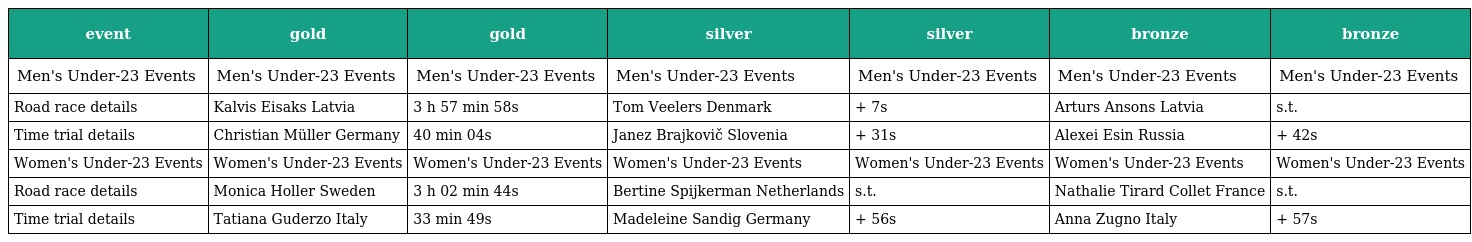
| event | gold | gold | silver | silver | bronze | bronze |
 | --- | --- | --- | --- | --- | --- | --- |
 | Men's Under-23 Events | Men's Under-23 Events | Men's Under-23 Events | Men's Under-23 Events | Men's Under-23 Events | Men's Under-23 Events | Men's Under-23 Events |
 | Road race details | Kalvis Eisaks Latvia | 3 h 57 min 58s | Tom Veelers Denmark | + 7s | Arturs Ansons Latvia | s.t. |
 | Time trial details | Christian Müller Germany | 40 min 04s | Janez Brajkovič Slovenia | + 31s | Alexei Esin Russia | + 42s |
 | Women's Under-23 Events | Women's Under-23 Events | Women's Under-23 Events | Women's Under-23 Events | Women's Under-23 Events | Women's Under-23 Events | Women's Under-23 Events |
 | Road race details | Monica Holler Sweden | 3 h 02 min 44s | Bertine Spijkerman Netherlands | s.t. | Nathalie Tirard Collet France | s.t. |
 | Time trial details | Tatiana Guderzo Italy | 33 min 49s | Madeleine Sandig Germany | + 56s | Anna Zugno Italy | + 57s |